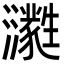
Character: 㶙